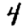
Digit: 4